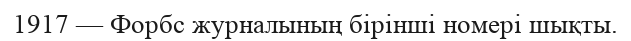
1917 — Форбс журналының бірінші номері шықты.